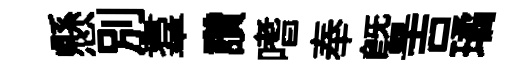
懸別羣讚嗜奉曁吉璚